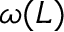
\omega ( L )